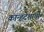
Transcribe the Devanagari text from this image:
कान्हदेशाची